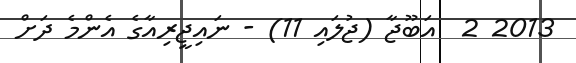
2013 2  އަބޫޖާ (ޖުލައި 11) - ނައިޖީރިއާގެ އެންމެ ދަށް